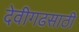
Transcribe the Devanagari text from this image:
देवीगढसाठी